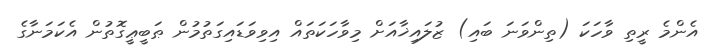
އެންމެ ރީތި ވާހަކަ (ތިންވަނަ ބައި) ޒުލައިޚާއަށް މިވާހަކަތައް އިވިވަޑައިގަތުމުން ޠަބީޢީގޮތުން އެކަމަނާގެ